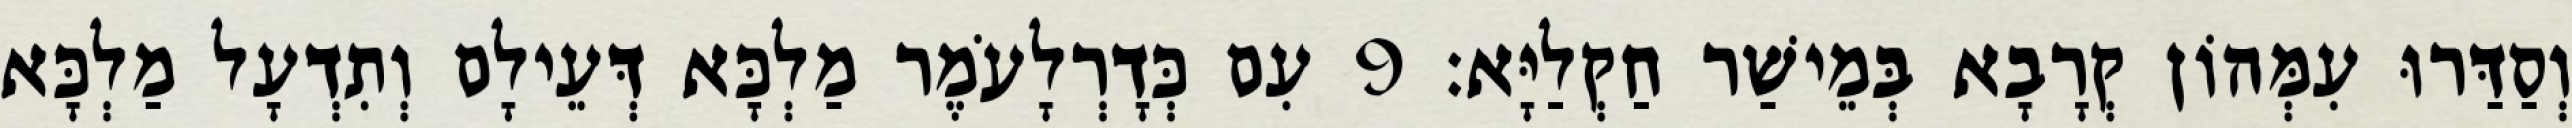
וְסַדַּרוּ עִמְּהוֹן קְרָבָא בְּמֵישַׁר חַקְלַיָּא׃ 9 עִם כְּדָרְלָעֹמֶר מַלְכָּא דְּעֵילָם וְתִדְעָל מַלְכָּא